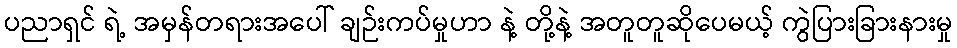
ပညာရှင် ရဲ့ အမှန်တရားအပေါ် ချဉ်းကပ်မှုဟာ နဲ့ တို့နဲ့ အတူတူဆိုပေမယ့် ကွဲပြားခြားနားမှု